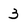
Character: 3